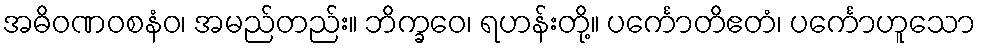
အဓိဝဏဝစနံဝ၊ အမည်တည်း။ ဘိက္ခဝေ၊ ရဟန်းတို့။ ပင်္ကောတိဧတံ၊ ပင်္ကောဟူသော